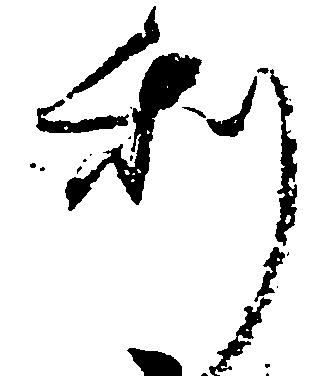
利